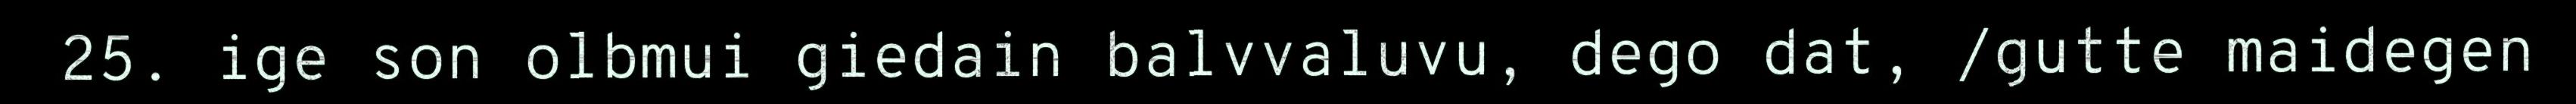
25. ige son olbmui giedain balvvaluvu, dego dat, /gutte maidegen